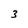
Character: 3